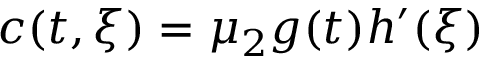
c ( t , \xi ) = \mu _ { 2 } g ( t ) h ^ { \prime } ( \xi )